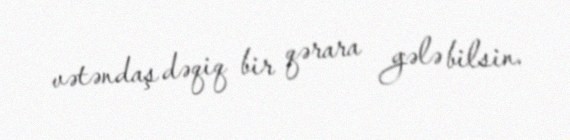
vətəndaş dəqiq bir qərara gələ bilsin.